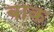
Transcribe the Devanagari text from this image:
बाक़